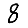
Digit: 8